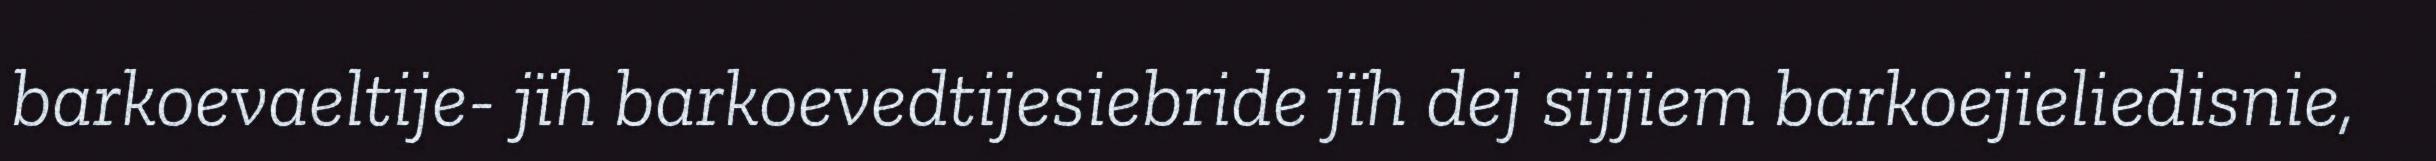
barkoevaeltije- jïh barkoevedtijesiebride jïh dej sijjiem barkoejieliedisnie,